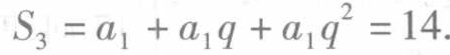
\(S_{3}=a_{1}+a_{1}q + a_{1}q^{2}=14\)